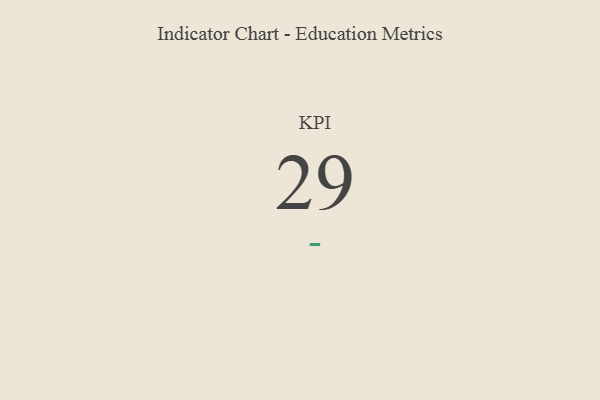
{"axis": {"x": "KPI", "y": "Value"}, "legend": [""], "data": [{"x": "KPI", "y": 29, "type": ""}]}